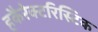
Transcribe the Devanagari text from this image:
हकैरेक्टरिस्टिक